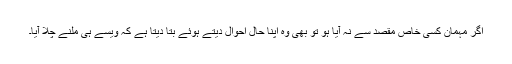
اگر مہمان کسی خاص مقصد سے نہ آیا ہو تو بھی وہ اپنا حال احوال دیتے ہوئے بتا دیتا ہے کہ ویسے ہی ملنے چلا آیا۔